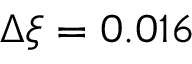
\Delta \xi = 0 . 0 1 6